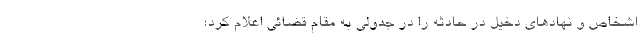
اشخاص و نهادهای دخیل در حادثه را در جدولی به مقام قضائی اعلام کرد؛